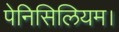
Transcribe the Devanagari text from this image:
पेनिसिलियम।